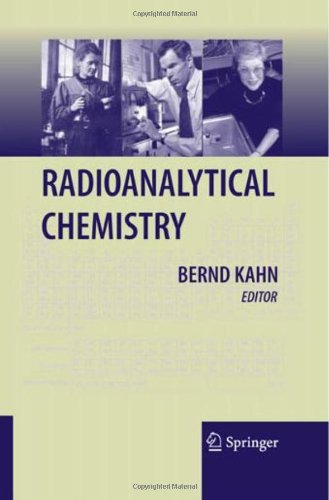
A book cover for Radioanalytical Chemistry; Science & Math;